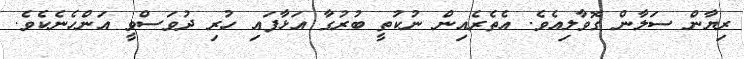
ރިޔާން ސަލާން ގޮވާލިއެވެ. އެތެރެއިން ނުކުތީ ބުރުގާ އަޅާފައި ހުރި ދުވަސްވީ އަންހެނެކެވެ.